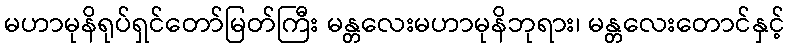
မဟာမုနိရုပ်ရှင်တော်မြတ်ကြီး မန္တလေးမဟာမုနိဘုရား၊ မန္တလေးတောင်နှင့်